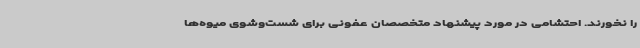
را نخورند. احتشامی در مورد پیشنهاد متخصصان عفونی برای شست‌وشوی میوه‌ها